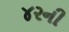
૪૨ની